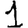
Digit: 1